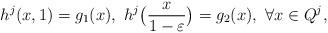
LaTeX: \begin{align*}h^j(x,1)=g_1(x), \ h^j\big(\frac{x}{1-\varepsilon}\big)=g_2(x), \ \forall x\in Q^j,\end{align*}